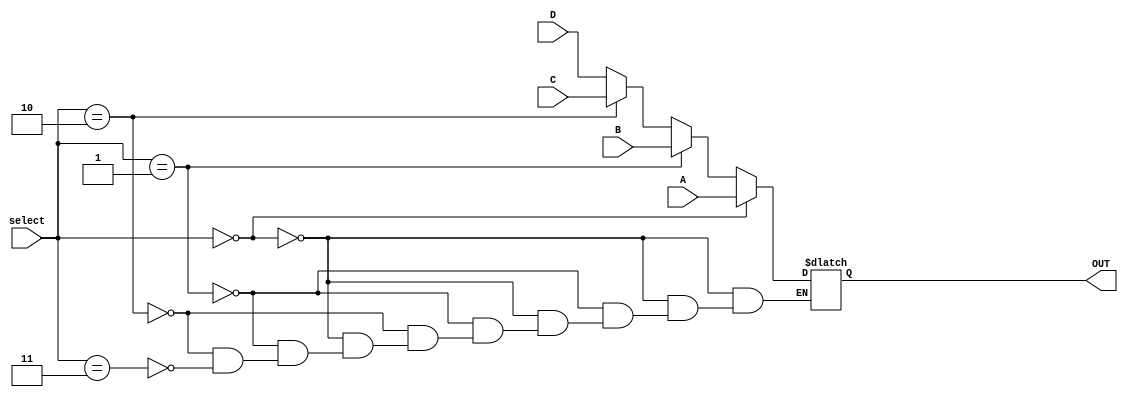
module MUX2(
    input [31:0] A,
    input [31:0] B,
    input [31:0] C,
    input [31:0] D,
    input [1:0] select,
    output reg [31:0] OUT
    );
       
    always @(*) begin
        if (select == 2'd0 )
            OUT = A;
        else if(select == 2'd1)
            OUT = B;
        else if(select == 2'd2)
            OUT = C;
        else if(select == 2'd3)
            OUT = D;
    end
endmodule